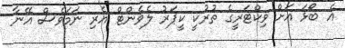
އެ ބޯޅަ އަށް ވިކްޓަރީގެ ތުރުކީ ކީޕަރު ލެވެންޓް އެރި ނަމަވެސް އޭނާ